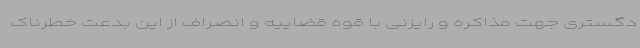
دگستری جهت مذاکره و رایزنی با قوه قضاییه و انصراف از این بدعت خطرناک